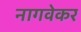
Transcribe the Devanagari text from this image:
नागवेकर